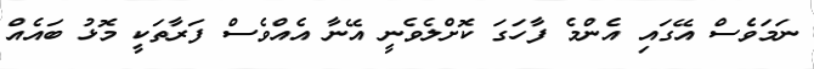
ނަމަވެސް އޭގައި އެންމެ ފާހަގަ ކޮށްލެވެނީ އޭނާ އެއްވެސް ފަރާތަކީ މޮޅު ބައެއް